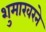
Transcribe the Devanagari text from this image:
शुमाखरने